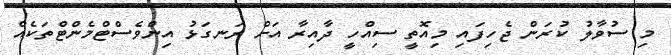
މި ސުވާލު ކުރަން ޖެހިފައި މިއޮތީ ސިއްހީ ދާއިރާ އަށް ރަނގަޅު އިންވެސްޓްމެންޓްތަކެއް